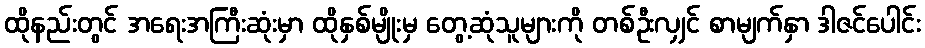
ထိုနည်းတွင် အရေးအကြီးဆုံးမှာ ထိုနှစ်မျိုးမှ တွေ့ဆုံသူများကို တစ်ဦးလျှင် စာမျက်နှာ ဒါဇင်ပေါင်း